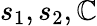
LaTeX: s_{1},s_{2},\mathbb{C}